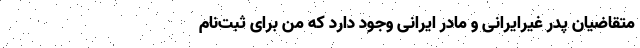
متقاضیان پدر غیرایرانی و مادر ایرانی وجود دارد که من برای ثبت‌نام